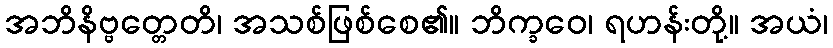
အဘိနိဗ္ဗတ္တေတိ၊ အသစ်ဖြစ်စေ၏။ ဘိက္ခဝေ၊ ရဟန်းတို့။ အယံ၊